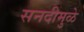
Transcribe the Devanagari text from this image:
सनदीमुळे